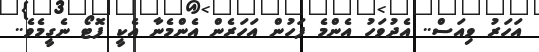
އަހަރު ވިއަސް.. އެދުވަހު އެންމެ ފަހުން އަހަރެން އެންމެނާ އެކީ ފޮޓޯ ނެގީމެވެ..